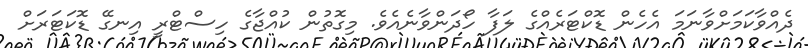
ދެއްވާކަމަށްވާނަމަ އެހެން ޑޮކްޓަރެއްގެ ލަފާ ހޯދަންވާނެއެވެ. މިގޮތުން ކުއްޖާގެ ހިސްޓްރީ އިނގޭ ޑޮކަޓަރަށް